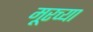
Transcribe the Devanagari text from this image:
मूरच्या